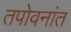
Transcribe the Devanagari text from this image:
तपोवनांत